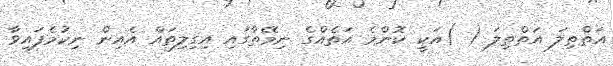
އަތްތިލަ އަތްތިލަ ( )އަކީ ކޮންމެ އަތެއްގެ ނިމޭތާގައި އިގިލިތައް އެއިން ނިކުމެފައިވާ